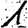
Digit: 1